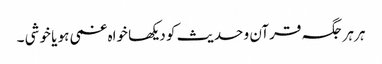
ہر ہر جگہ قرآن و حدیث کو دیکھا خواہ غمی ہو یا خوشی ۔